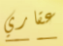
عقاري